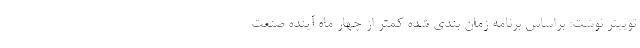
توییتر نوشت: براساس برنامه زمان بندی شده کمتر از چهار ماه آینده صنعت